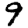
Digit: 9